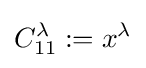
C_{11}^{\lambda }:=x^{\lambda }